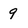
Character: 9